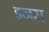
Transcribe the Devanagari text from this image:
इनरा